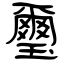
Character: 璽